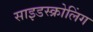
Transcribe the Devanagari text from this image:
साइडस्क्रोलिंग